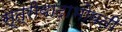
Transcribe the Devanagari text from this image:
स्त्रीवादाभोवती